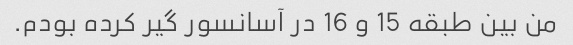
من بین طبقه 15 و 16 در آسانسور گیر کرده بودم.